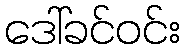
ဒေါ်ခင်ဝင်း